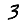
Digit: 3